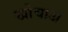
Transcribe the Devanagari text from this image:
खोचाअ